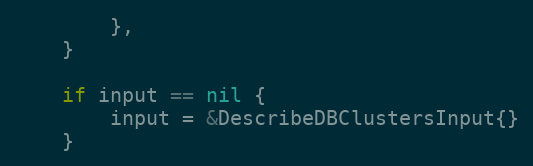
Language: Go
		},
	}

	if input == nil {
		input = &DescribeDBClustersInput{}
	}